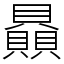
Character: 贔